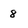
Character: 8